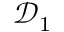
\mathcal { D } _ { 1 }